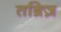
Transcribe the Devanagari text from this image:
तब्रिज़